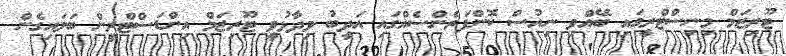
ޓޫރިޒަމް މިނިސްޓްރީގައި ބޭއްވި ނިއުސް ކޮންފަރެންސެއްގައި އަދީބު ވިދާޅުވީ ޓޫރިޒަމް އިންޑަސްޓްރީން ބަލައިގެން